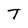
Character: T